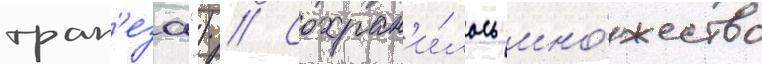
трап'еза") // Сохран'и́лось мно́жество